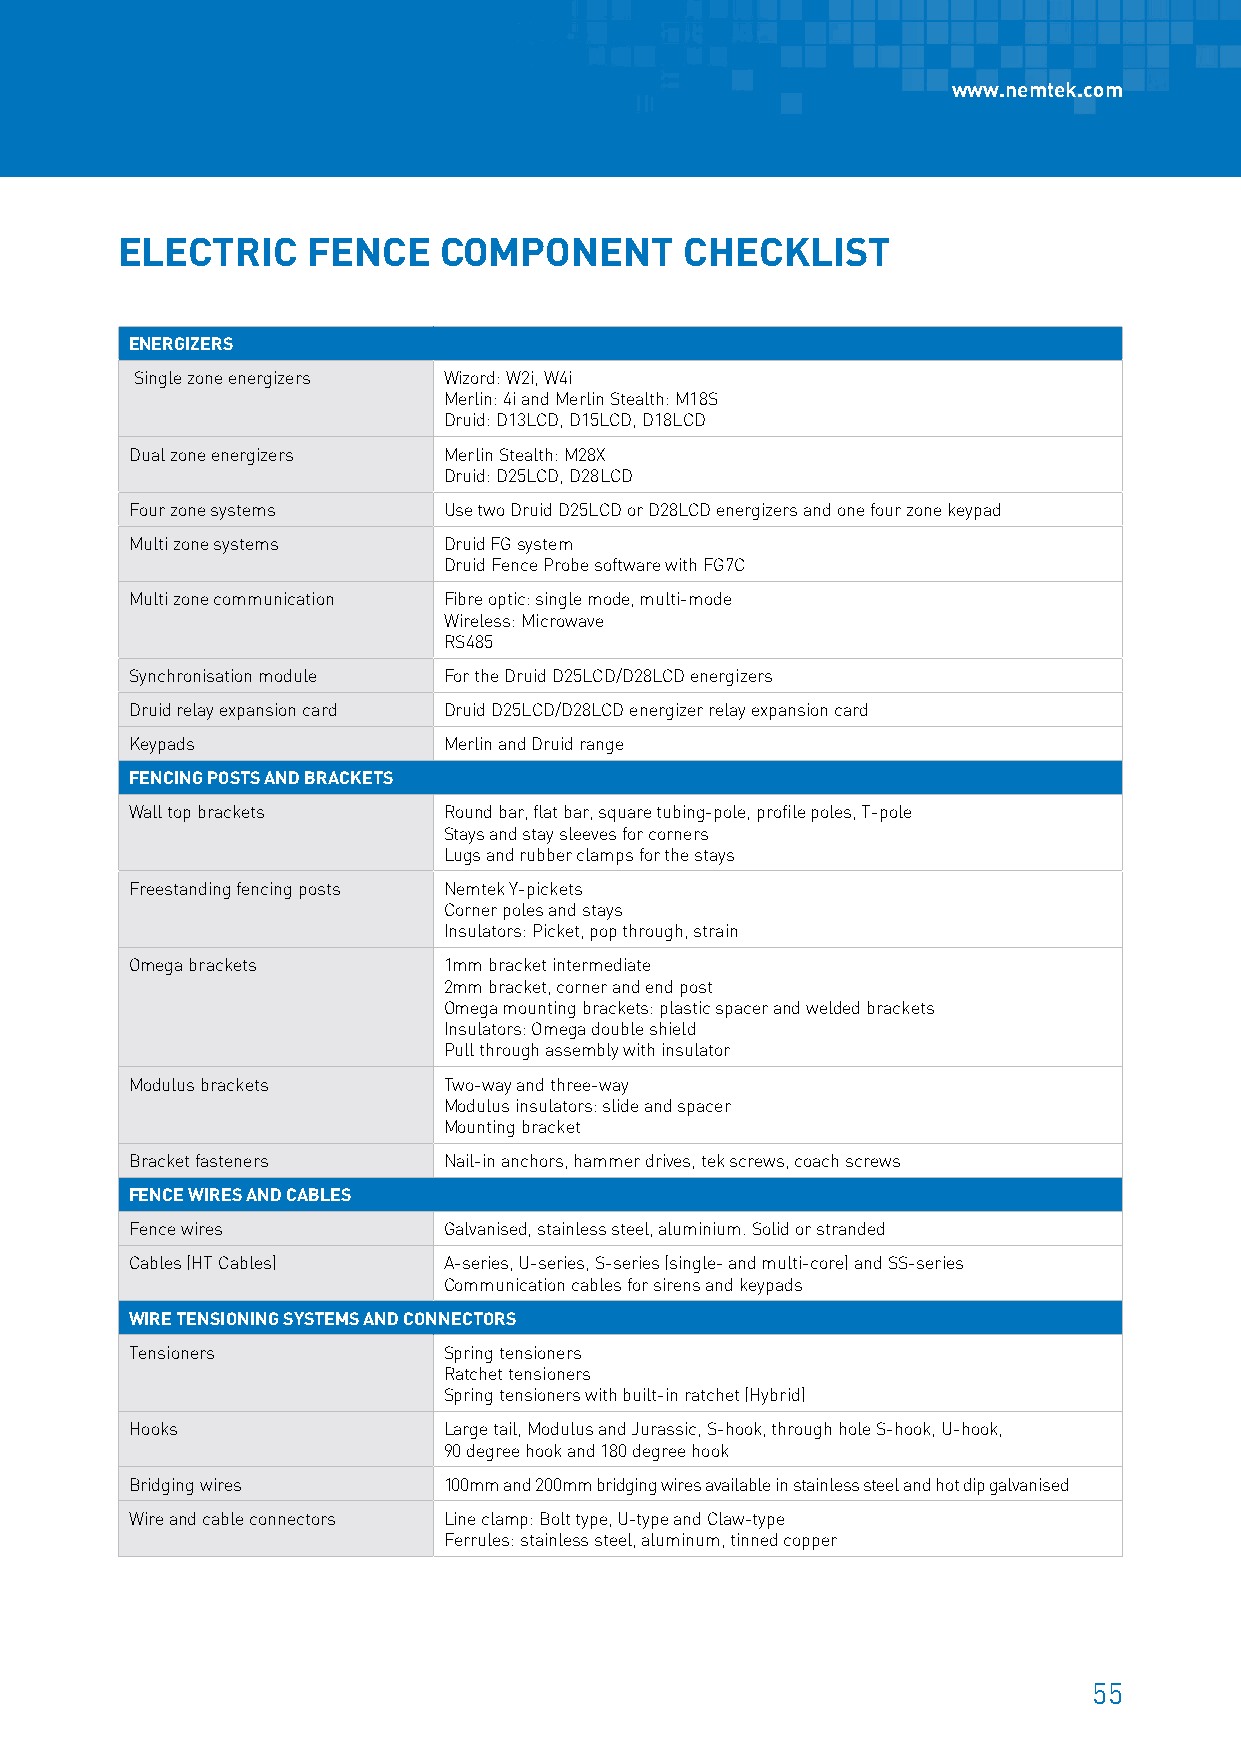
www.nemtek.com
 ELECTRIC    FENCE    COMPONENT       CHECKLIST
 ENERGIZERS
 Single zone energizers Wizord: W2i, W4i
 Merlin: 4i and Merlin Stealth: M18S
 Druid: D13LCD, D15LCD, D18LCD
 Dual zone energizers Merlin Stealth: M28X
 Druid: D25LCD, D28LCD
 Four zone systems   Use two Druid D25LCD or D28LCD energizers and one four zone keypad
 Multi zone systems  Druid FG system
 Druid Fence Probe software with FG7C
 Multi zone communication Fibre optic: single mode, multi-mode
 Wireless: Microwave
 RS485
 Synchronisation module For the Druid D25LCD/D28LCD energizers
 Druid relay expansion card Druid D25LCD/D28LCD energizer relay expansion card
 Keypads             Merlin and Druid range
 FENCING POSTS AND BRACKETS
 Wall top brackets   Round bar, flat bar, square tubing-pole, profile poles, T-pole
 Stays and stay sleeves for corners
 Lugs and rubber clamps for the stays
 Freestanding fencing posts Nemtek Y-pickets
 Corner poles and stays
 Insulators: Picket, pop through, strain
 Omega brackets      1mm bracket intermediate
 2mm bracket, corner and end post
 Omega mounting brackets: plastic spacer and welded brackets
 Insulators: Omega double shield
 Pull through assembly with insulator
 Modulus brackets    Two-way and three-way
 Modulus insulators: slide and spacer
 Mounting bracket
 Bracket fasteners   Nail-in anchors, hammer drives, tek screws, coach screws
 FENCE WIRES AND CABLES
 Fence wires         Galvanised, stainless steel, aluminium. Solid or stranded
 Cables (HT Cables)  A-series, U-series, S-series (single- and multi-core) and SS-series
 Communication cables for sirens and keypads
 WIRE TENSIONING SYSTEMS AND CONNECTORS
 Tensioners          Spring tensioners
 Ratchet tensioners
 Spring tensioners with built-in ratchet (Hybrid)
 Hooks               Large tail, Modulus and Jurassic, S-hook, through hole S-hook, U-hook,
 90 degree hook and 180 degree hook
 Bridging wires      100mm and 200mm bridging wires available in stainless steel and hot dip galvanised
 Wire and cable connectors Line clamp: Bolt type, U-type and Claw-type
 Ferrules: stainless steel, aluminum, tinned copper
 55